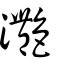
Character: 灩